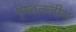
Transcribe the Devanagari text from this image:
पृष्ठतलीय